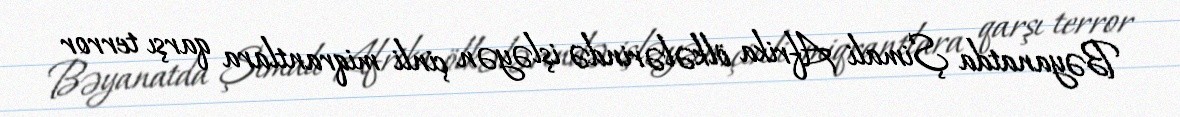
Bəyanatda Şimali Afrika ölkələrində işləyən çinli miqrantlara qarşı terror